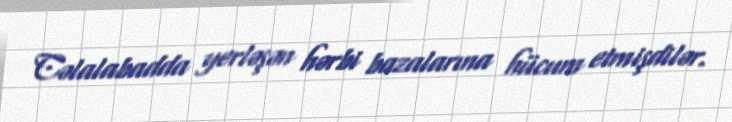
Cəlalabadda yerləşən hərbi bazalarına hücum etmişdilər.